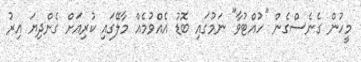
މީހުން ގެނެސްގެން "ހުއްޓުވާ" ނަމުގައި ބޮޑު އެއްވުމެއް މާލޭގައި ކުރިއަށް ގެންދިޔަ އިރު